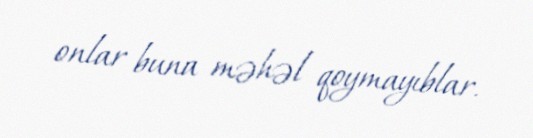
onlar buna məhəl qoymayıblar.